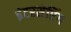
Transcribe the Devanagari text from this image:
इंटरसेप्टिंग